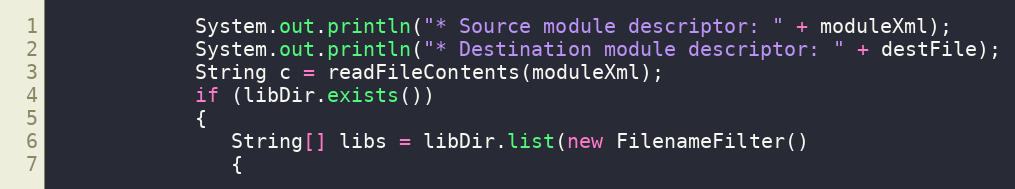
Language: Java
            System.out.println("* Source module descriptor: " + moduleXml);
            System.out.println("* Destination module descriptor: " + destFile);
            String c = readFileContents(moduleXml);
            if (libDir.exists())
            {
               String[] libs = libDir.list(new FilenameFilter()
               {